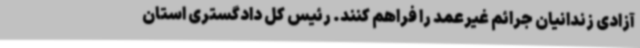
آزادی زندانیان جرائم غیرعمد را فراهم کنند. رئیس کل دادگستری استان